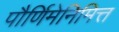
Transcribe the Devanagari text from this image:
पौर्णिमेनिमित्त